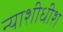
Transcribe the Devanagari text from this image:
न्‍याशीधीश